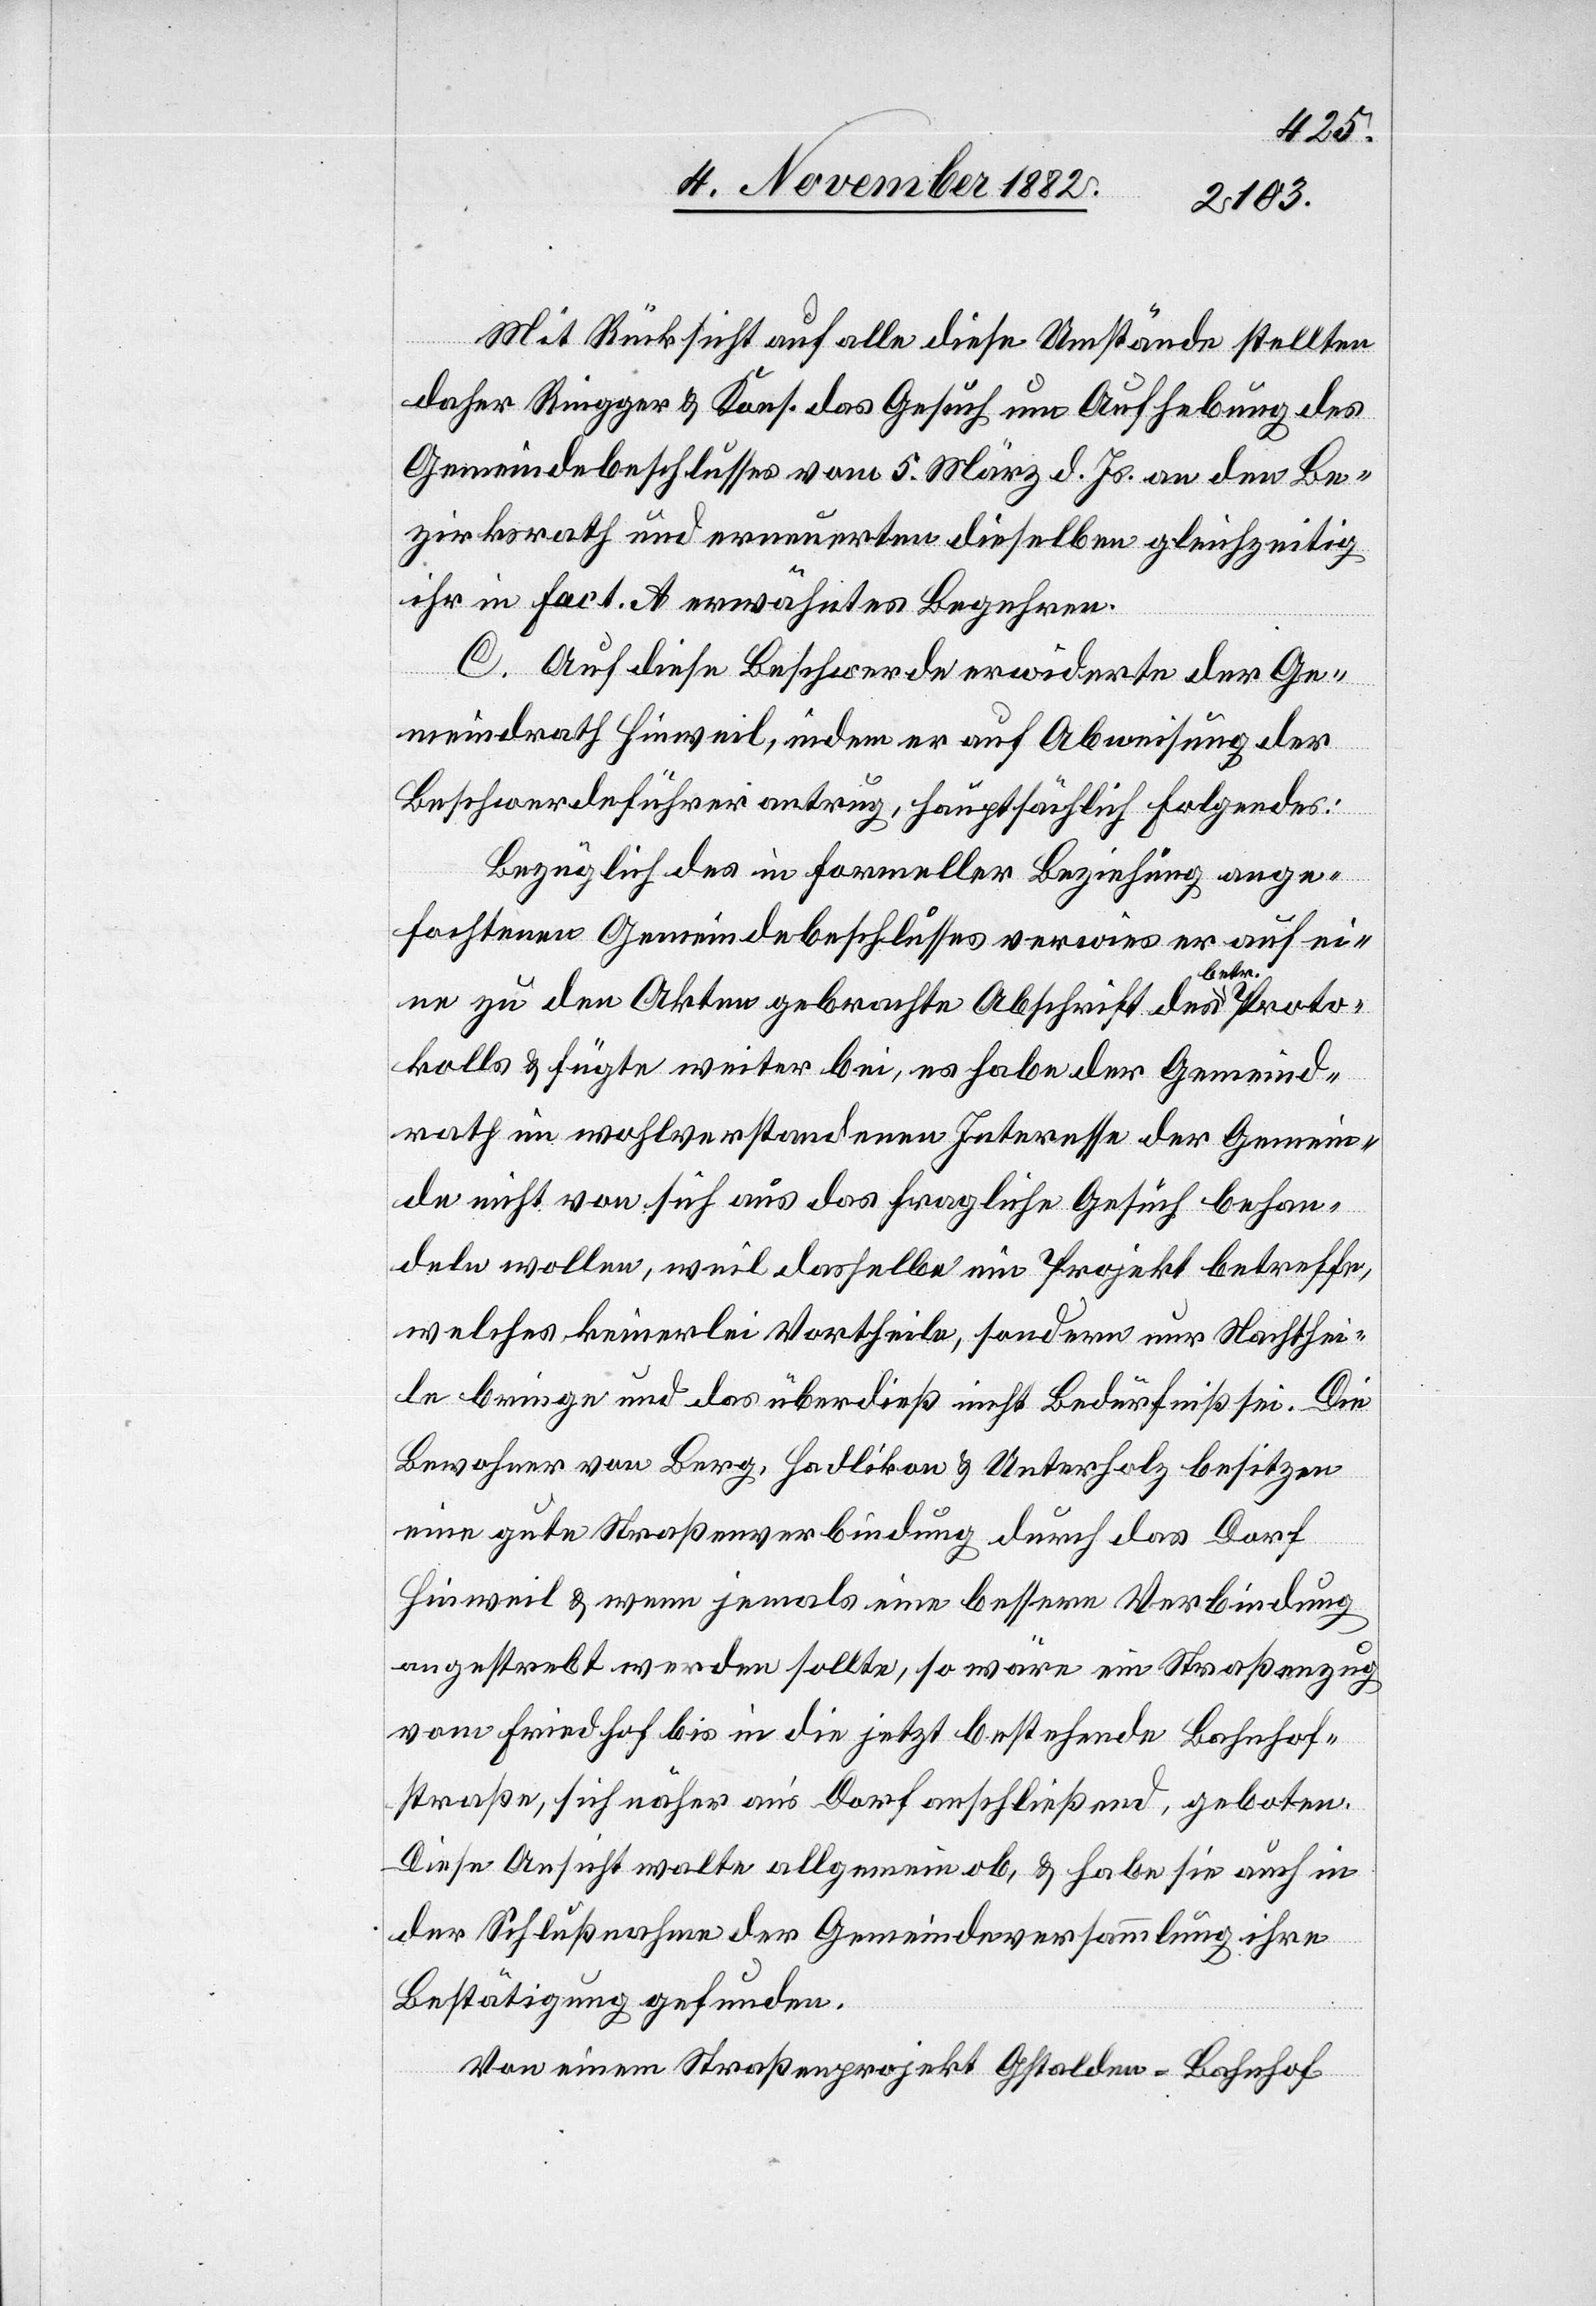
Mit Rücksicht auf alle diese Umstände stellten
daher Riegger & Kons. das Gesuch um Aufhebung des
Gemeindebeschlusses vom 5. März d. Js. an den Be¬
zirksrath und erneuerten dieselben gleichzeitig
ihr in Fact. A erwähntes Begehren.
C. Auf diese Beschwerde erwiderte der Ge¬
meindrath Hinweil, indem er auf Abweisung der
Beschwerdeführer antrug, hauptsächlich Folgendes:
Bezüglich des in formeller Beziehung ange¬
fochtenen Gemeindebeschlusses verwies er auf ei¬
ne zu den Akten gebrachte Abschrift des betr. Proto¬
kolls & fügte weiter bei, es habe der Gemeind¬
rath im wohlverstandenen Interesse der Gemein¬
de nicht von sich aus das fragliche Gesuch behan¬
deln wollen, weil dasselbe ein Projekt betreffe,
welches keinerlei Vortheile, sondern nur Nachthei¬
le bringe und das überdieß nicht Bedürfniß sei. Die
Bewohner von Berg, Hadlikon & Unterholz besitzen
eine gute Straßenverbindung durch das Dorf
Hinweil & wenn jemals eine bessere Verbindung
angestrebt werden sollte, so wäre ein Straßenzug
vom Friedhof bis in die jetzt bestehende Bahnhof¬
straße, sich näher an’s Dorf anschließend, geboten.
Diese Ansicht walte allgemein ob, & habe sie auch in
der Schlußnahme der Gemeindeversammlung ihre
Bestätigung gefunden.
Von einem Straßenprojekt Gstalden–Bahnhof